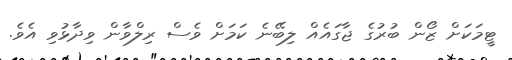
ޓީމަކަށް ޒޯން ބުރުގެ ޖާގައެއް ލިބޭނެ ކަމަށް ވެސް ރިލްވާން ވިދާޅުވި އެވެ.